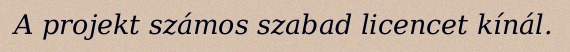
A projekt számos szabad licencet kínál.